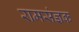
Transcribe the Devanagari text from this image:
रामसंज्ञक